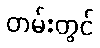
တမ်းတွင်